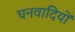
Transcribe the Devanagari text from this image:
घनवादियों